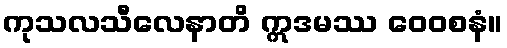
ကုသလသီလေနာတိ ဣဒမဿ ဝေဝစနံ။